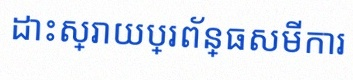
ដោះស្រាយប្រព័ន្ធសមីការ